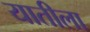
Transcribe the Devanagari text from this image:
यातीला